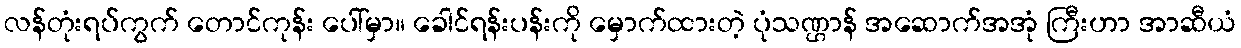
လန်တုံးရပ်ကွက် တောင်ကုန်း ပေါ်မှာ။ ခေါင်ရန်းပန်းကို မှောက်ထားတဲ့ ပုံသဏ္ဌာန် အဆောက်အအုံ ကြီးဟာ အာဆီယံ